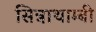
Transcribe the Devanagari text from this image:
सिन्नाथाम्बी